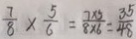
\frac { 7 } { 8 } \times \frac { 5 } { 6 } = \frac { 7 \times 5 } { 8 \times 6 } = \frac { 3 5 } { 4 8 }